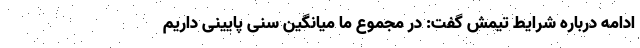
ادامه درباره شرایط تیمش گفت: در مجموع ما میانگین سنی پایینی داریم